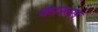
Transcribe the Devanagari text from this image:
कारूस